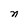
Character: n